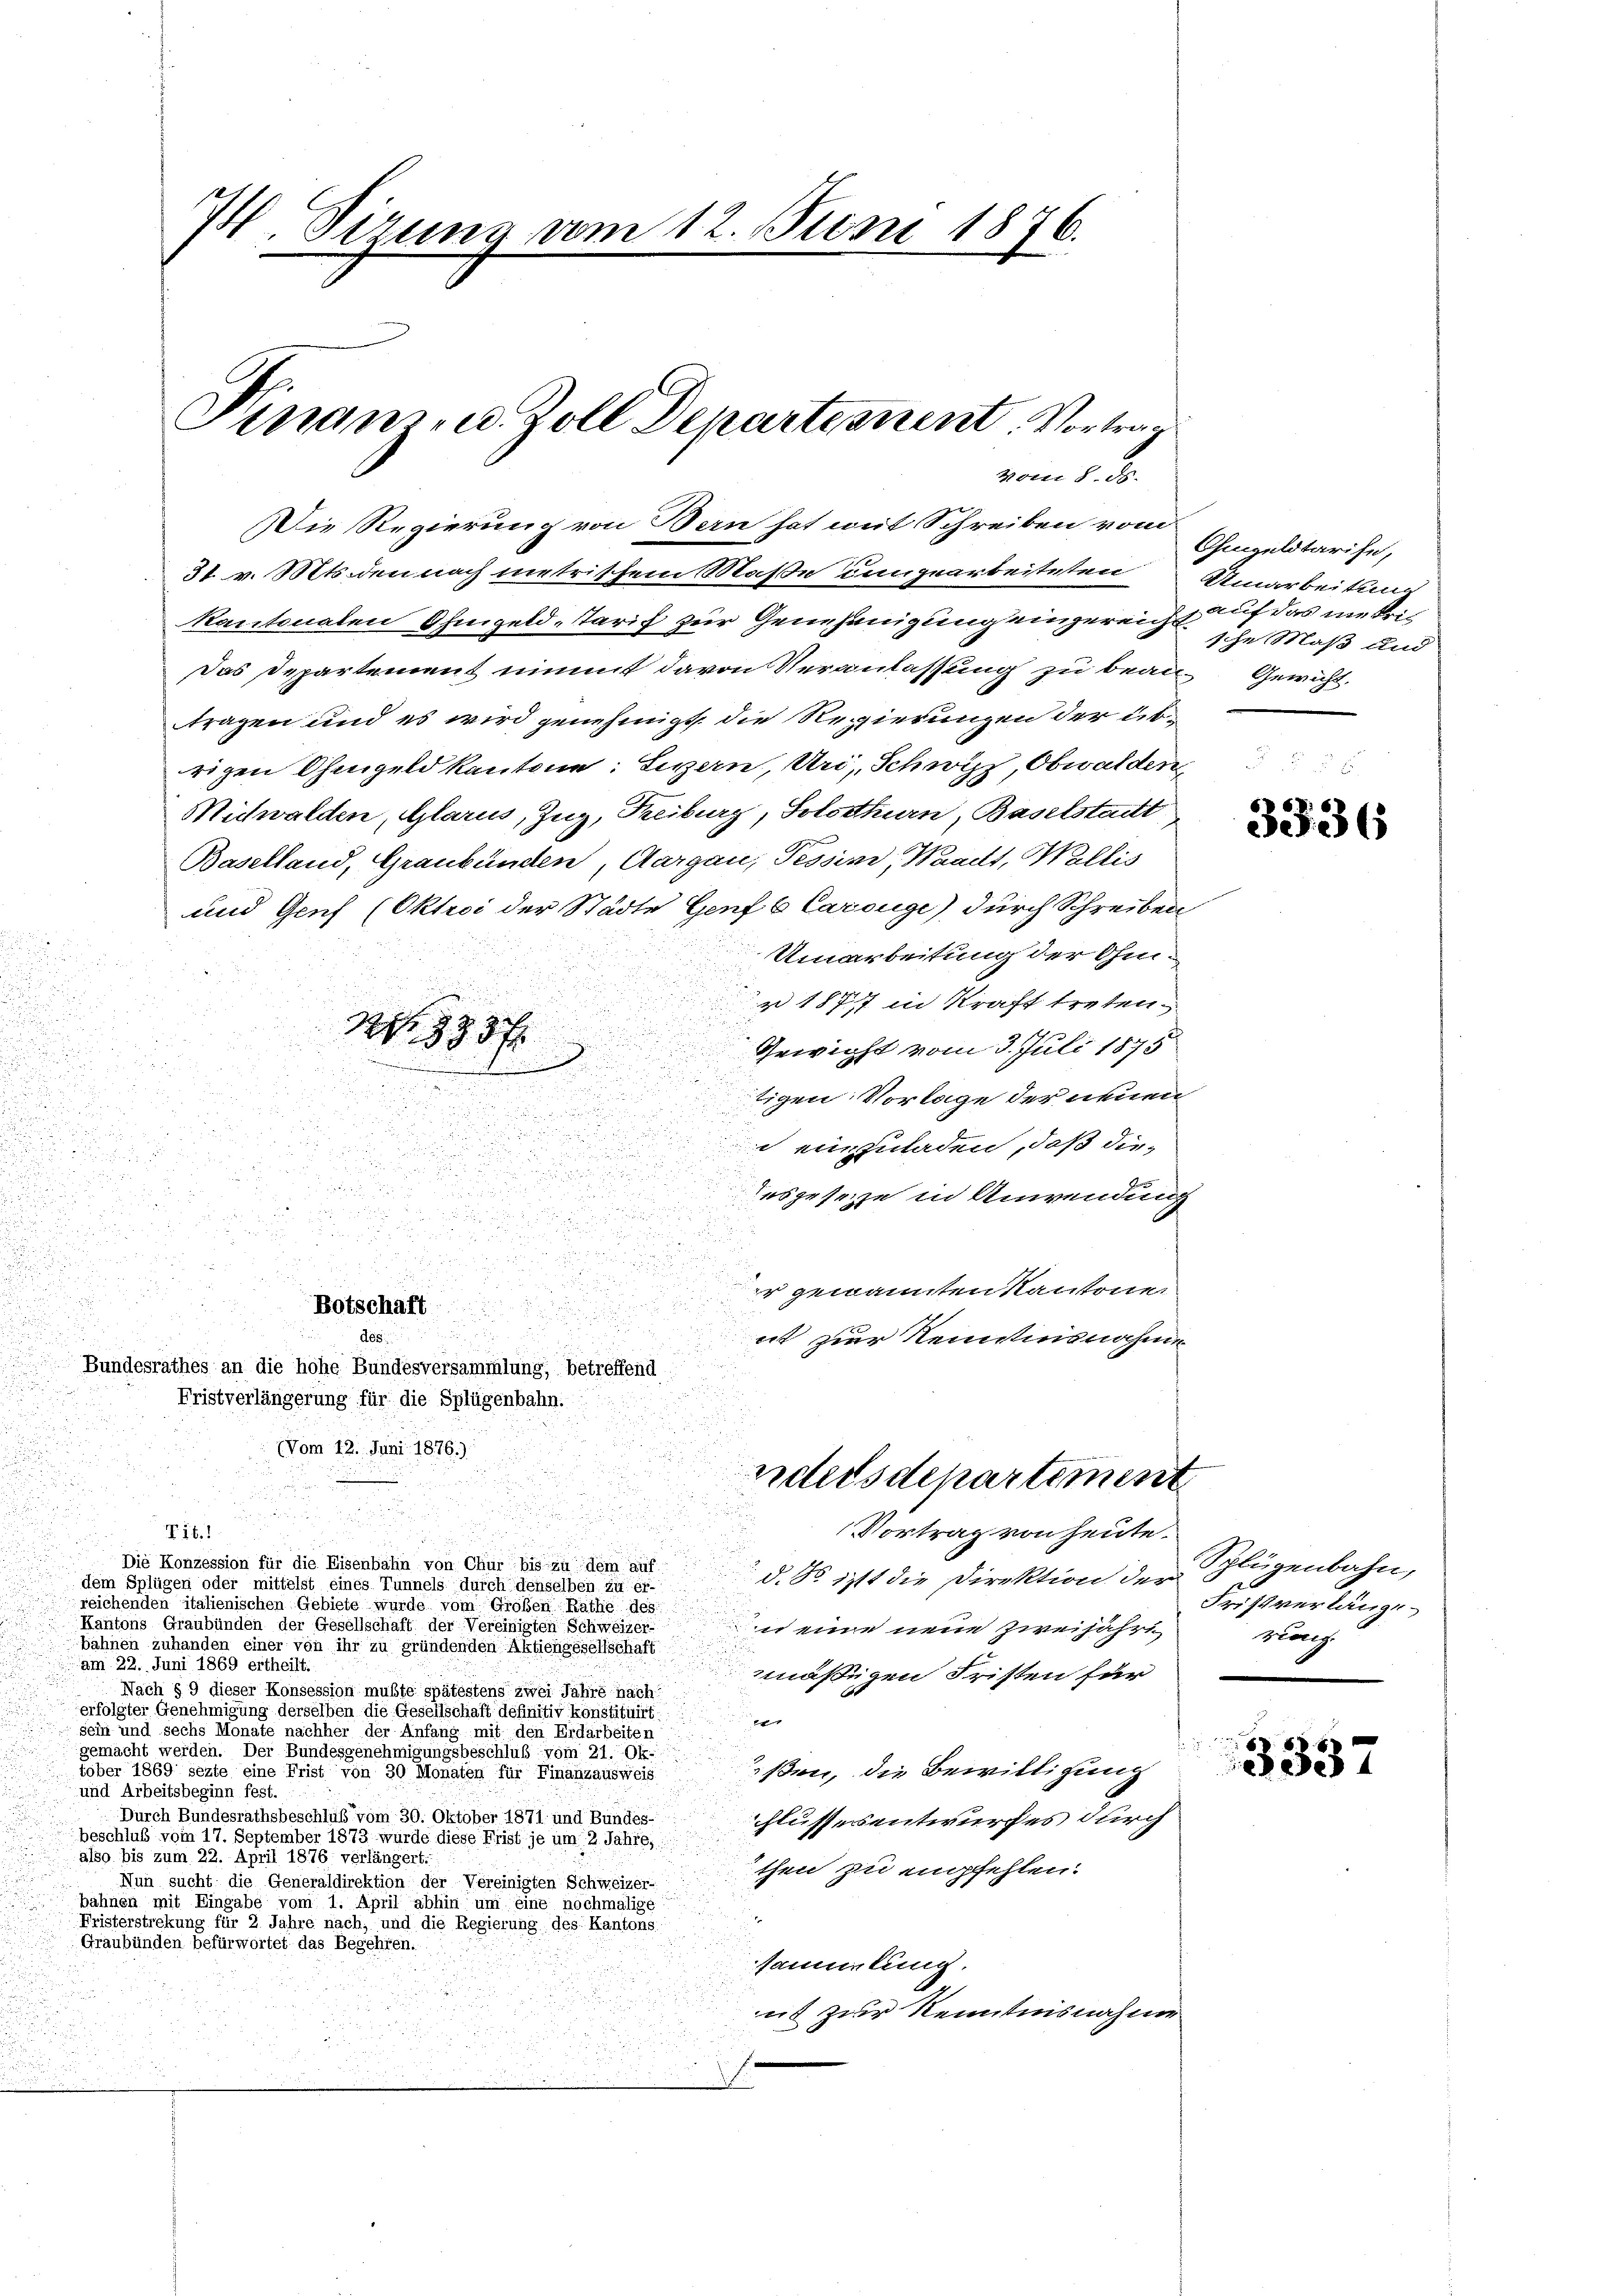
. Stzung vom 12. Juni 1876.

Finanzen Zoll Departinent. Vortrag
vom 2. ds.

Die Regierung von Bern hat mit Schreiben vom
kantonalen Ohmgeld, Tarif zur Genehmigung eingereicht auf das metris
Das Departement nimmt davon Veranlassung zu beau-Gewicht.
tragen und es wird genehmigt, die Regierungen der übrigen Ohmgeld kantone: Sizern, Uri, Schwyz, Obwalden,
Midwalden, Glarus, Zug, Freiburg, Solothurn, Baselstadt
Baselland, Graubünden, Aargau, Tessin, Waadt, Wallis
und Genf (Oktroi der Städte Genf 6 Carouge) durch Schreiben
Umarbeitung der Ohm¬
 1877 in Kraft treten.
g
d
Nr. 333 f
Gewicht vom 3. Juli 1875
D
.
u
tigen Vorlage der neuen

 einzuladen, daß die¬

d

esgesetze in Anwendung
.

a
.

.
.

 2

di

r gewannten Kantonen

Botschaft
des
it zur Kenntnisnahme
Bundesrathes an die hohe Bundesversammlung, betreffend
Fristverlängerung für die Splügenbahn.

d
(Vom 12. Juni 1876.)

31. v. Mts. den nach metrischem Maße ungearbeiteten Umarbeitung

ndelsdepartement
Vortrag von heute.

Tit.
Die Konzession für die Eisenbahn von Chur bis zu dem auf
d. So ist die Direktion der
dem Splügen oder mittelst eines Tunnels durch denselben zu er-
reichenden italienischen Gebiete wurde vom Großen Rathe des
.
Kantons Graubünden der Gesellschaft der Vereinigten Schweizer-
it eine neue zweijähribahnen zuhanden einer von ihr zu gründenden Aktiengesellschaft
am 22. Juni 1869 ertheilt.
mäßigen Fristen für
Nach § 9 dieser Konsession mußte spätestens zwei Jahre nach:
erfolgter Genehmigung derselben die Gesellschaft definitiv konstituirt:
2
sein und sechs Monate nachher der Anfang mit den Erdarbeiten
gemacht werden. Der Bundesgenehmigungsbeschluß vom 21. Ok-
tober 1869 sezte eine Frist von 30 Monaten für Finanzausweis kam, die Bewilligung
und Arbeitsbeginn fest.
Durch Bundesrathsbeschluß vom 30. Oktober 1871 und Bundes-
flussesentwurfes durch
beschluß vom 17. September 1873 wurde diese Frist je um 2 Jahre,
also bis zum 22. April 1876 verlängert.
then zu empfehlen.
Nun sucht die Generaldirektion der Vereinigten Schweizer-
bahnen mit Eingabe vom 1. April abhin um eine nochmalige
Fristerstrekung für 2 Jahre nach, und die Regierung des Kantons
Graubünden befürwortet das Begehren.
samtung.
ut zur Kenntnisnahme

Gingeldtarise,
sche Maß und

3336

Splügenbahn,
Fristverlänge
rung

3337